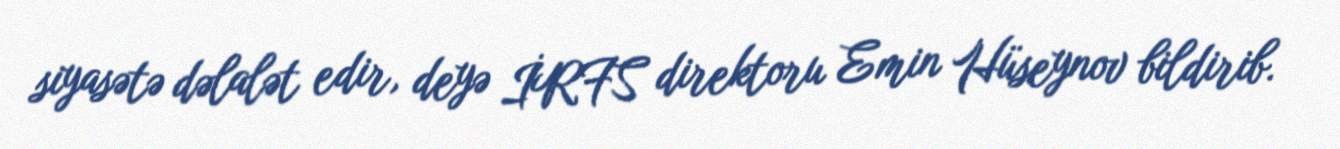
siyasətə dəlalət edir, deyə İRFS direktoru Emin Hüseynov bildirib.